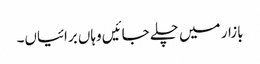
بازار میں چلے جائیں وہاں برائیاں۔